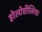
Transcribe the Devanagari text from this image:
होलोप्टीलिया